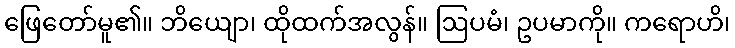
ဖြေတော်မူ၏။ ဘိယျော၊ ထိုထက်အလွန်။ ဩပမံ၊ ဥပမာကို။ ကရောဟိ၊